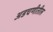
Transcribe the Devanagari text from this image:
अडचणीतील